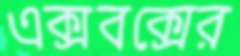
এক্সবক্সের